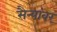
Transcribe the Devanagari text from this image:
सैन्यांवर